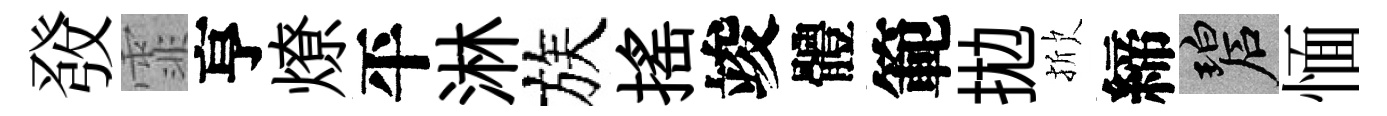
𤼲霏亨燎平淋族揺竣體範拋掀締碧愐